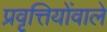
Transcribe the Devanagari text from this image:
प्रवृत्तियोंवाले